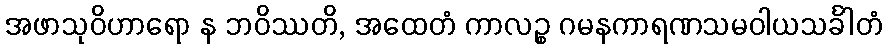
အဖာသုဝိဟာရော န ဘဝိဿတိ, အထေတံ ကာလဉ္စ ဂမနကာရဏသမဝါယသင်္ခါတံ